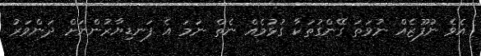
އެވެ ނުފޫޒެއް ނުވަތަ ގޭންގުތަކާ ގުޅުމެއް ނެތް ނަމަ އެ ފަނޑިޔާރުންނަށް ދަންވަރު